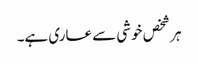
ہر شخص خوشی سے عاری ہے۔